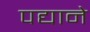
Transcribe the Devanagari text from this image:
पद्याने